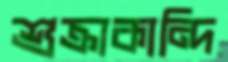
শুক্রাকান্দি